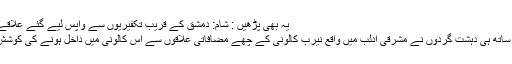
یہ بھی پڑھیں : شام: دمشق کے قریب تکفیریوں سے واپس لیے گئے علاقے میں اجتماعی قبر دریافت
ترک فوج کے حملوں کے ساتھ ہی دہشت گردوں نے مشرقی ادلب میں واقع نیرب کالونی کے چھے مضافاتی علاقوں سے اس کالونی میں داخل ہونے کی کوشش کی جو ناکام بنا دی گئی۔